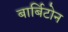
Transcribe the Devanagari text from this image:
बार्बिटोन